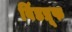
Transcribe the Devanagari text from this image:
विंडप्रूफ